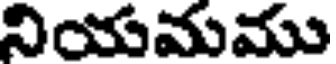
నియమము